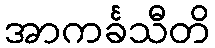
အာကင်္ခသီတိ